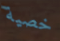
خصية